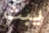
يبث